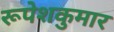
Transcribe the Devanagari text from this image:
रूपेशकुमार